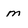
Character: m